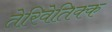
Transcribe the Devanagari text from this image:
तेरिवेतिक्क